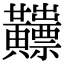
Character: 𪏫